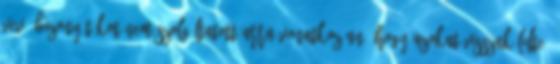
Vevő bizonyítékot nem szolgáltatott arra vonatkozóan, hogy azokat visszaküldte: